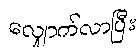
လျှောက်လာပြီး